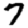
Digit: 7